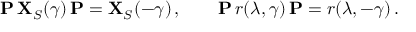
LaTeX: { \bf P } \, { \bf X } _ { S } ( \gamma ) \, { \bf P } = { \bf X } _ { S } ( - \gamma ) \, , \qquad { \bf P } \, r ( \lambda , \gamma ) \, { \bf P } = r ( \lambda , - \gamma ) \, .